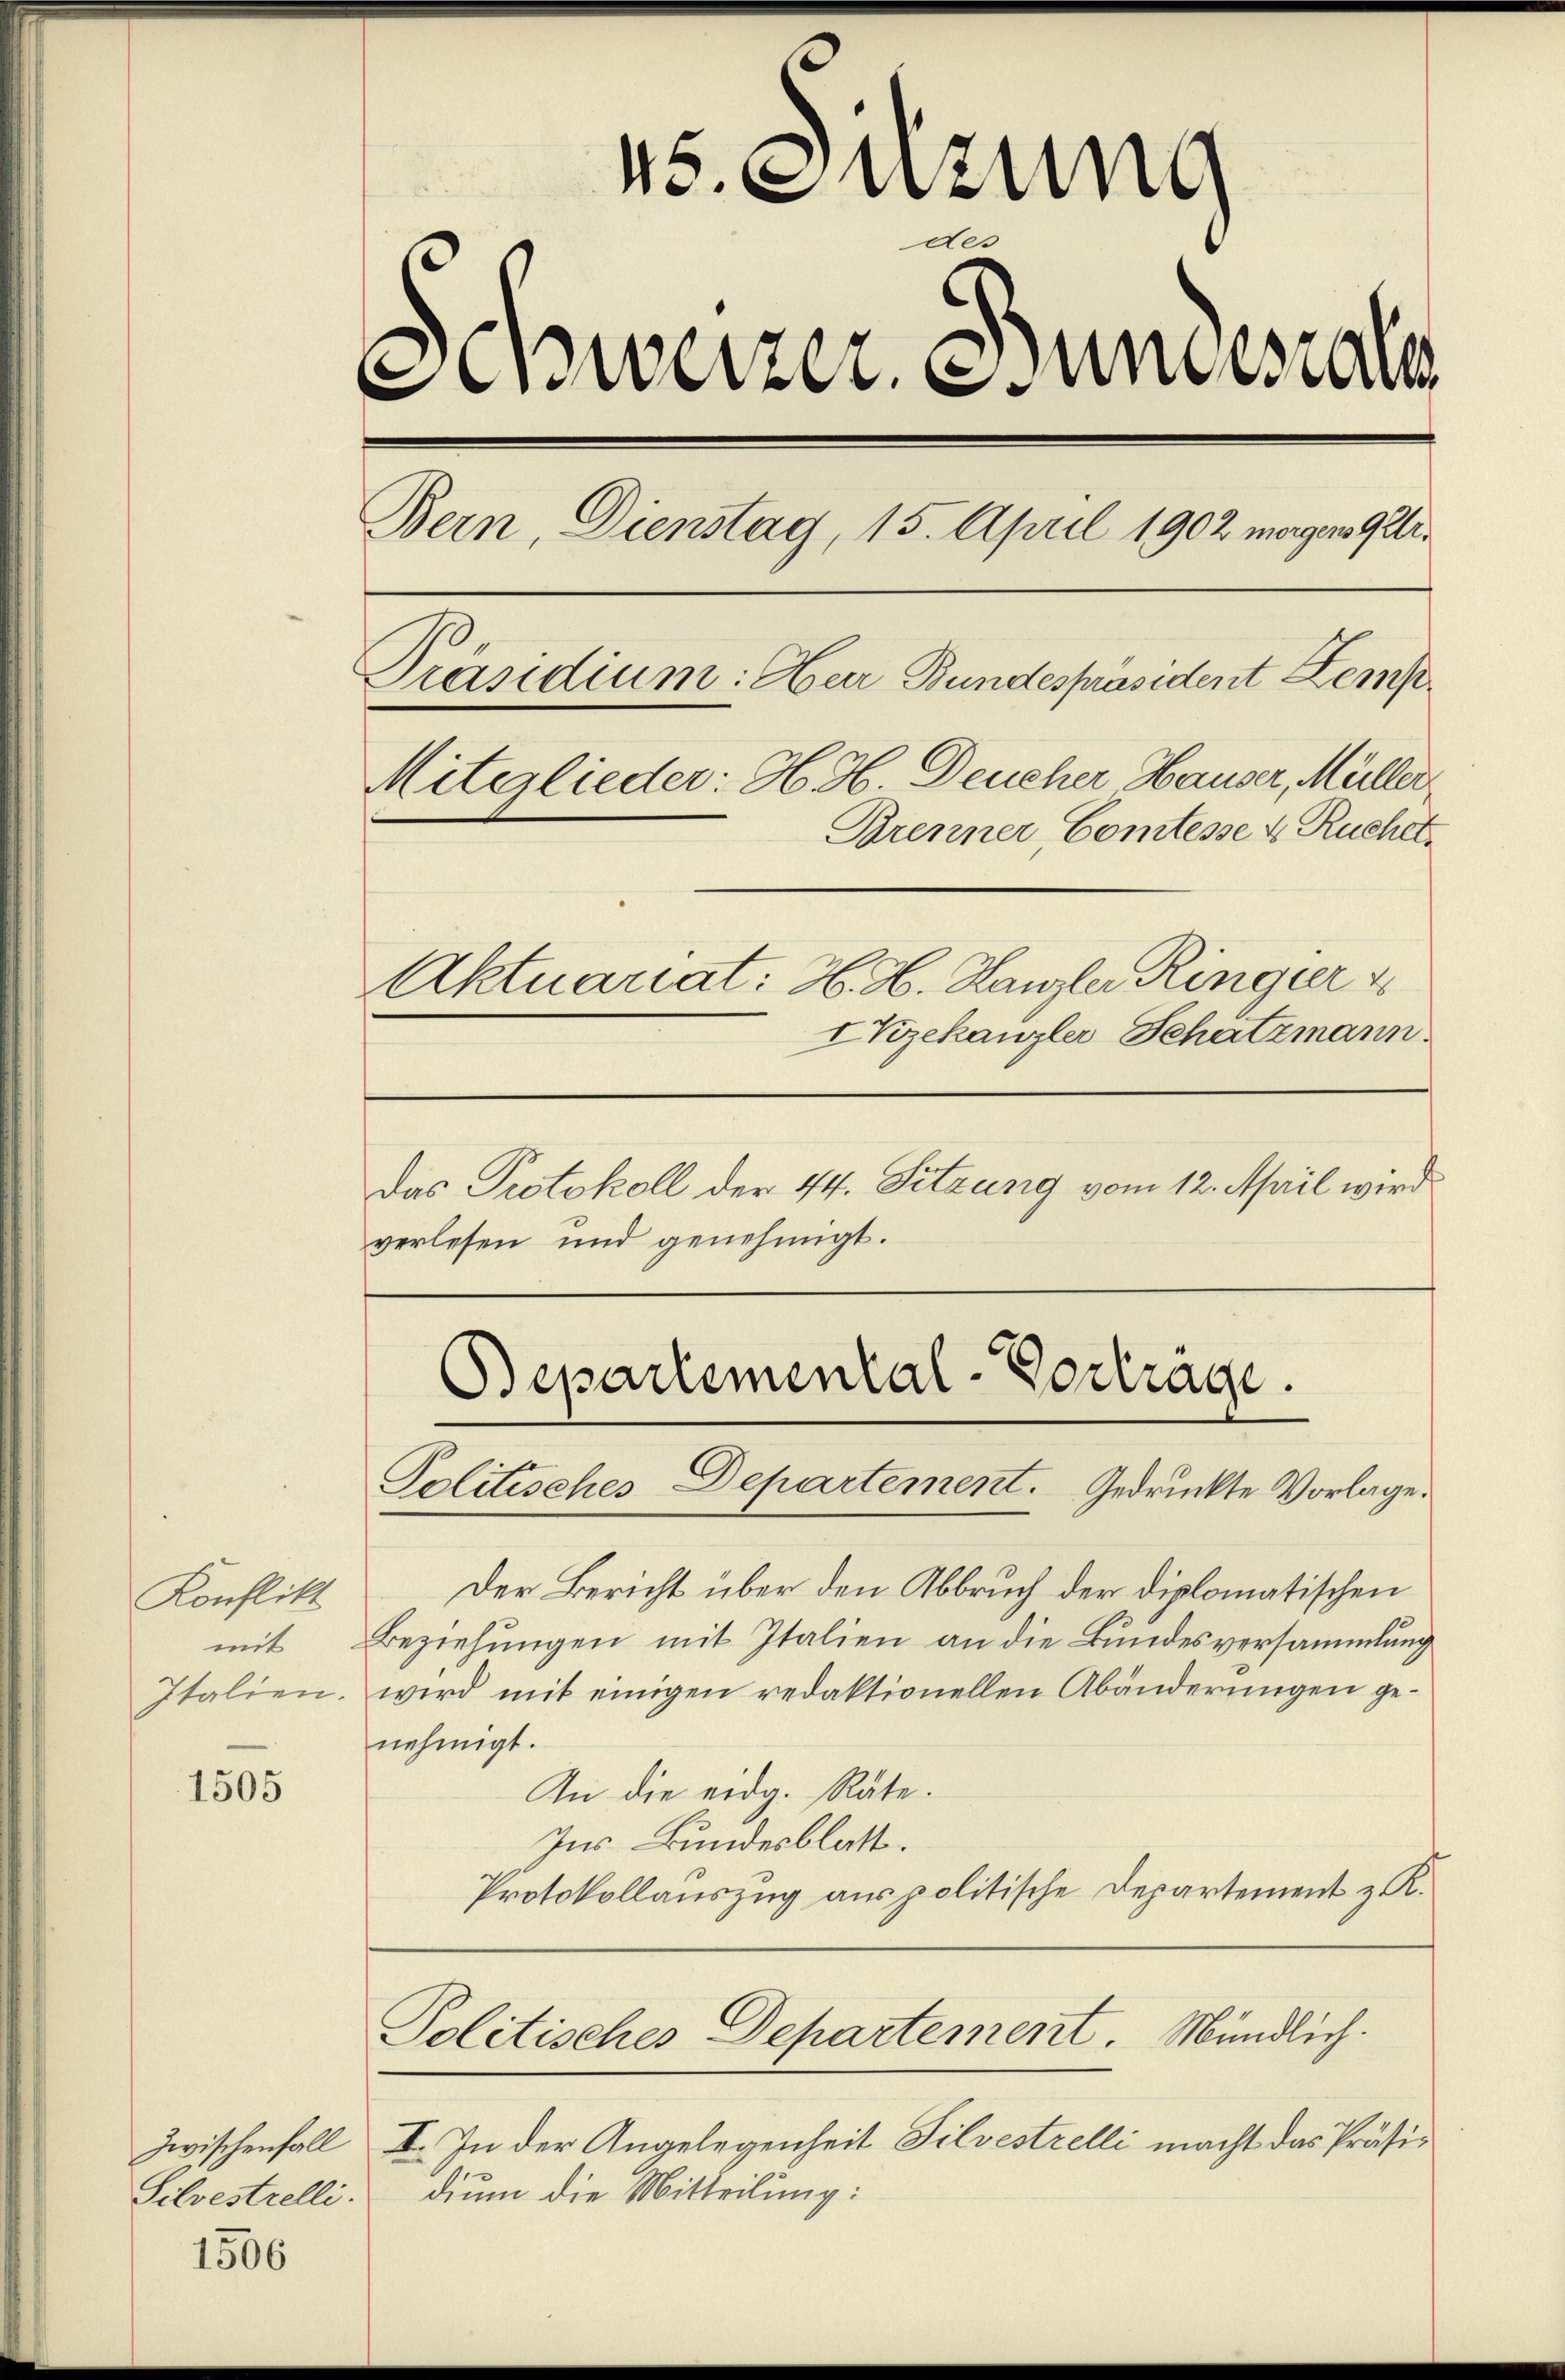
Konflikt
mit
Italien.

1505

zwischenfall
Silvestrelli.

1506

45. Suzung
des
Schweizer. Bundesrat
Bern, Dienstag, 15. April 1902 magen getr
Präsidium: Herr Bundespräsident Kemp¬
Mitglieder: H. H. Deucher Hauser, Müller
Brenner Comtesse 4 Ruchet,
Aktuariat: H. H. Hangler Ringieru
IKzekanzler Schatzmann.

¬

Das Protokoll der 44. Sitzung vom 12. April wird
verlesen und genehmigt.

Der Bericht über den Abbruch der diplomatischen
Beziehungen mit Italien an die Bundesversammlung
wird mit einigen redaktionellen Abänderungen genehmigt.
An die eidg. Räte.
Ins Bundesblatt.
Protokollauszug aus politische Departement z. K.
Politisches Departement. Mündlich.
I. In der Angelegenheit Silvestrelli macht das Präsidium die Mitteilung:

Bepartemental-Vortrage.
Politisches Departement. Gedruckte Vorlage.